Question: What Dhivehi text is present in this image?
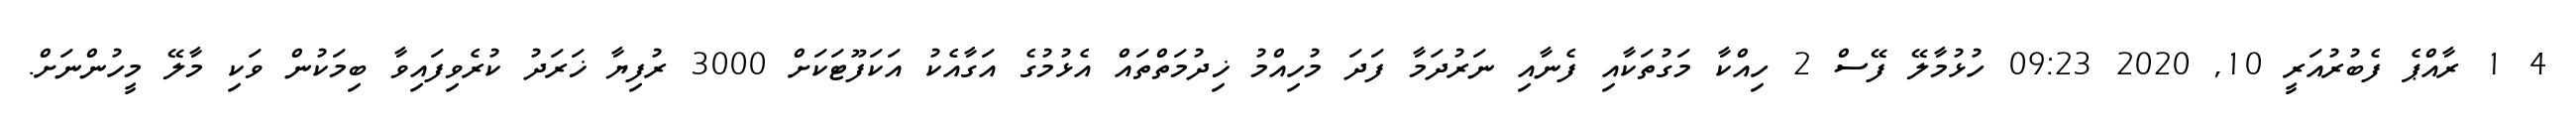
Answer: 4 1 ރާއްޕެ ފެބުރުއަރީ 10, 2020 09:23 ހުޅުމާލޭ ފޭސް 2 ހިއްކާ މަގުތަކާއި ފެނާއި ނަރުދަމާ ފަދަ މުހިއްމު ޚިދުމަތްތައް އެޅުމުގެ އަގާއެކު އަކަފޫޓަކަށް 3000 ރުފިޔާ ޚަރަދު ކުރެވިފައިވާ ބިމަކުން ވަކި މާލޭ މީހުންނަށް.